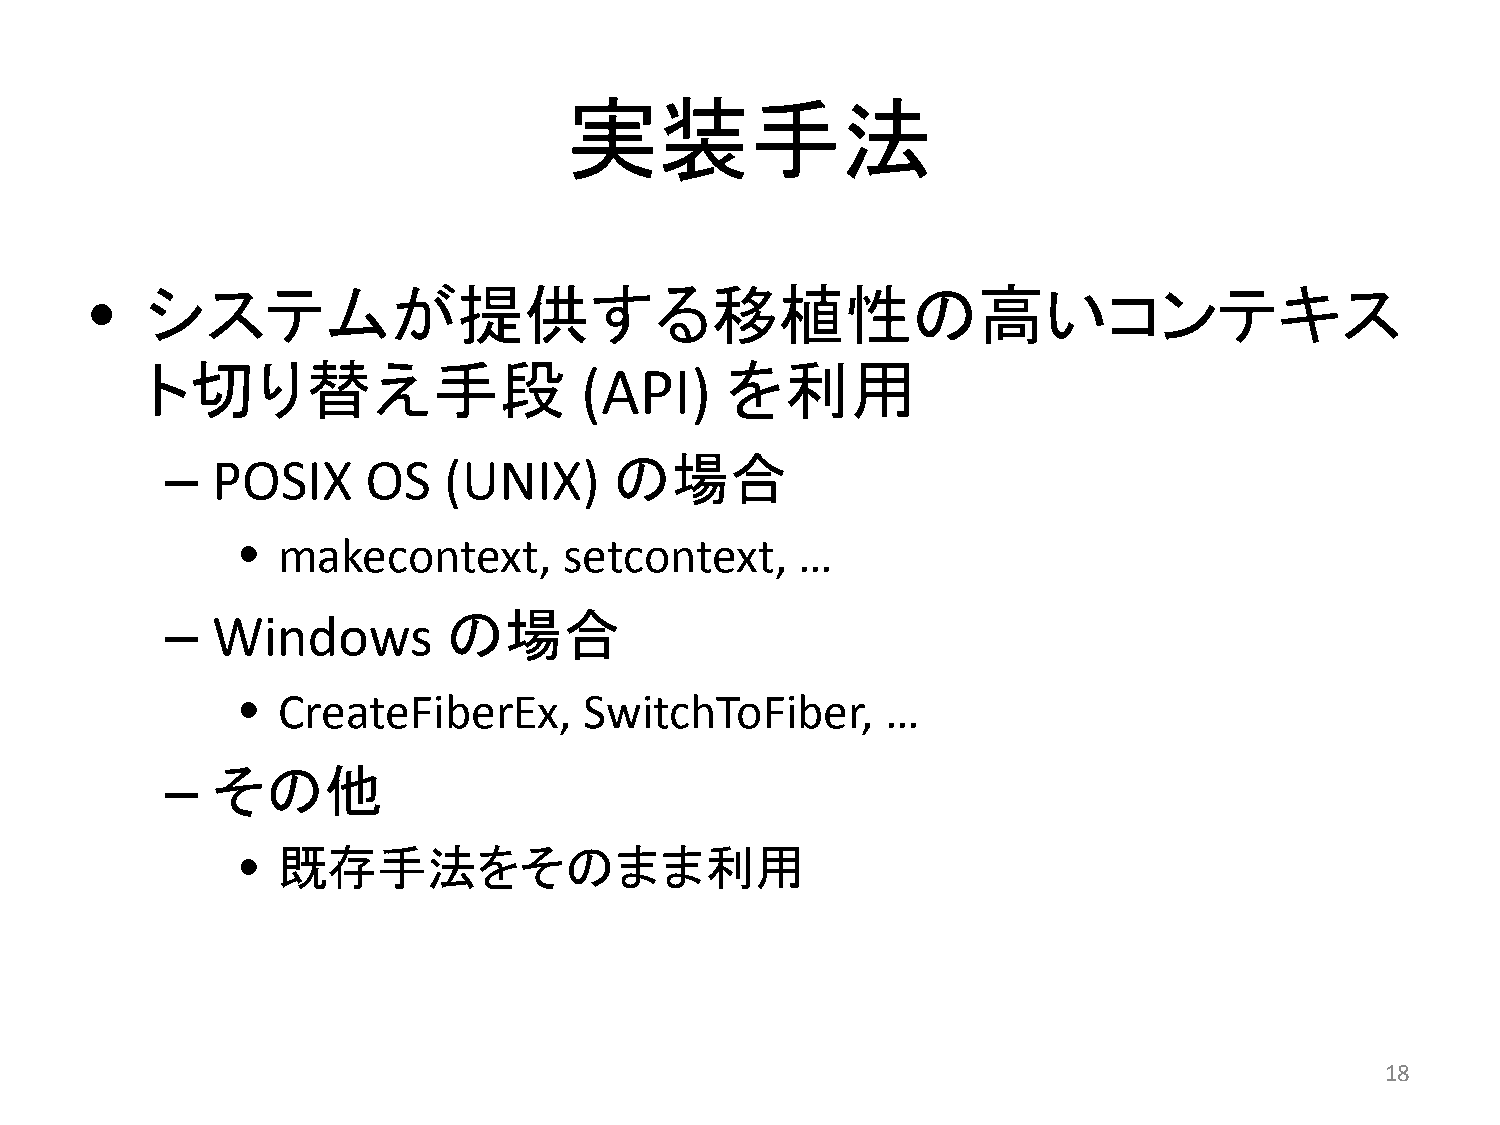
実装手法
 •   システムが提供する移植性の高いコンテキス
 ト切り替え手段                                を利用
 (API)
 –  POSIX      OS   (UNIX)     の場合
 •  makecontext,       setcontext,    …
 –  Windows         の場合
 •  CreateFiberEx,      SwitchToFiber,      …
 –  その他
 •  既存手法をそのまま利用
 18